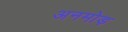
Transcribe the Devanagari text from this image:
अनमोड़